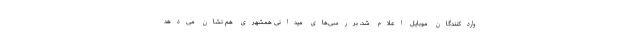
واردکنندگان موبایل اعلام شد. بررسی‌های میدانی همشهری هم نشان می‌دهد